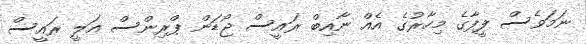
ނަމަވެސް ފީފާގެ މިހާރުގެ އެއް ނާއިބް ރައީސް ޖޯޑަން ޕްރިންސް އަލީ ރައީސް